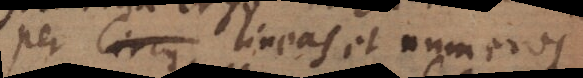
per Circu lineas et numeros